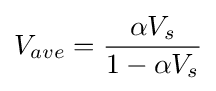
V_{ave}={\frac {\alpha V_{s}}{1-\alpha V_{s}}}